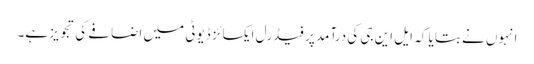
انہوں نے بتایا کہ ایل این جی کی درآمد پر فیڈرل ایکسائز ڈیوٹی میں اضافے کی تجویز ہے۔